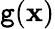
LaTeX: \mathtt{g}(\mathbf{x})